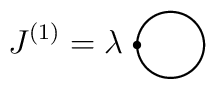
J^{(1)}=\lambda\setlength{\unitlength}{1mm}\begin{picture}(16,10)(-2,0)\thicklines\put(4,1){\circle{8}}\put(-0.25,1){\circle*{1}}\end{picture}